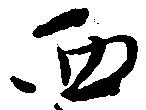
西